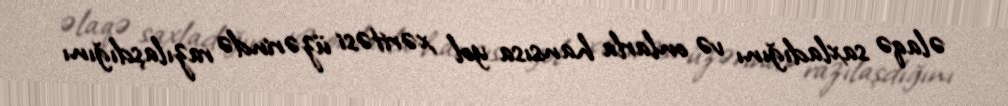
əlaqə saxladığını və onlarla hansısa yol xəritəsi üzərində razılaşdığını